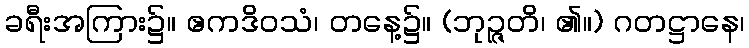
ခရီးအကြား၌။ ဧကဒိဝသံ၊ တနေ့၌။ (ဘုဉ္ဇတိ၊ ၏။) ဂတဋ္ဌာနေ၊